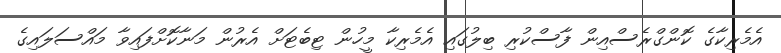
އެމެރިކާގެ ކޮންގްރެސްއިން ފާސްކުރި ބިލުގައި އެމެރިކާ މީހުން ޓިބެޓަށް އެރުން މަނާކޮށްފައިވާ މައްސަލައިގެ